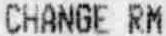
CHANGE RM